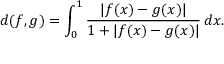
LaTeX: d ( f , g ) = \int _ { 0 } ^ { 1 } { \frac { | f ( x ) - g ( x ) | } { 1 + | f ( x ) - g ( x ) | } } \, d x .